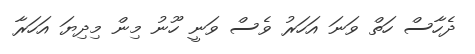
ދެހާސް ހަތް ވަނަ އަހަރު ވެސް ވަނީ ހޫނު މިން މިދިޔަ އަހަރާ